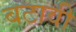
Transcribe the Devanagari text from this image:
बटावी